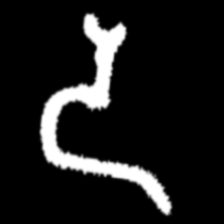
Pyu character \u2014 Myanmar letter: ဒ (romanized: da)